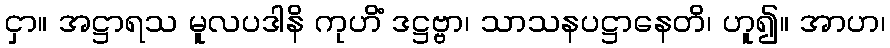
ငှာ။ အဋ္ဌာရသ မူလပဒါနိ ကုဟိံ ဒဋ္ဌဗ္ဗာ၊ သာသနပဋ္ဌာနေတိ၊ ဟူ၍။ အာဟ၊